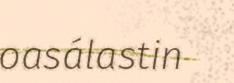
oasálastin